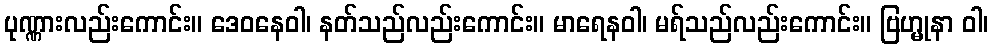
ပုဏ္ဏားလည်းကောင်း။ ဒေဝနေဝါ၊ နတ်သည်လည်းကောင်း။ မာရေနဝါ၊ မရ်သည်လည်းကောင်း။ ဗြဟ္မုနာ ဝါ၊